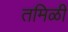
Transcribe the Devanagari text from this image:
तमिळी